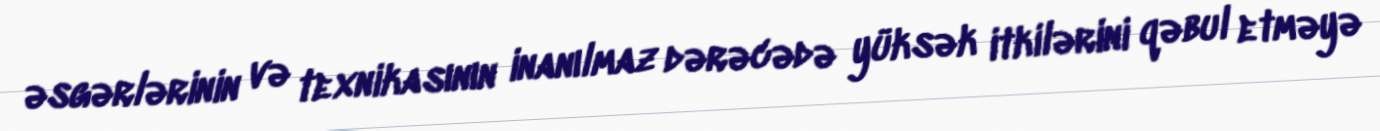
əsgərlərinin və texnikasının inanılmaz dərəcədə yüksək itkilərini qəbul etməyə